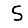
Digit: 5